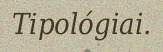
Tipológiai.